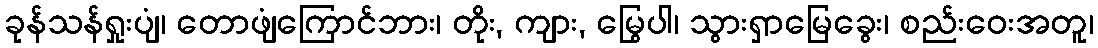
ခုန်သန်ရှုးပျံ၊ တောဖျံကြောင်ဘား၊ တိုး, ကျား, မြွေပါ၊ သွားရှာမြေခွေး၊ စည်းဝေးအတူ၊